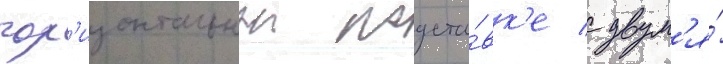
гор'изонтальнои подста́вк'е с двум'я́